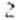
2